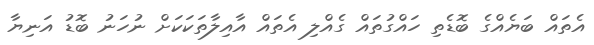
އެތައް ބަޔެއްގެ ބޮޑެތި ހައްގުތައް ގެއްލި އެތައް އާއިލާތަކަކަށް ނުހަނު ބޮޑު އަނިޔާ